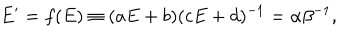
E ^ { \prime } = f ( E ) \equiv ( a E + b ) ( c E + d ) ^ { - 1 } = \alpha \beta ^ { - 1 } ,